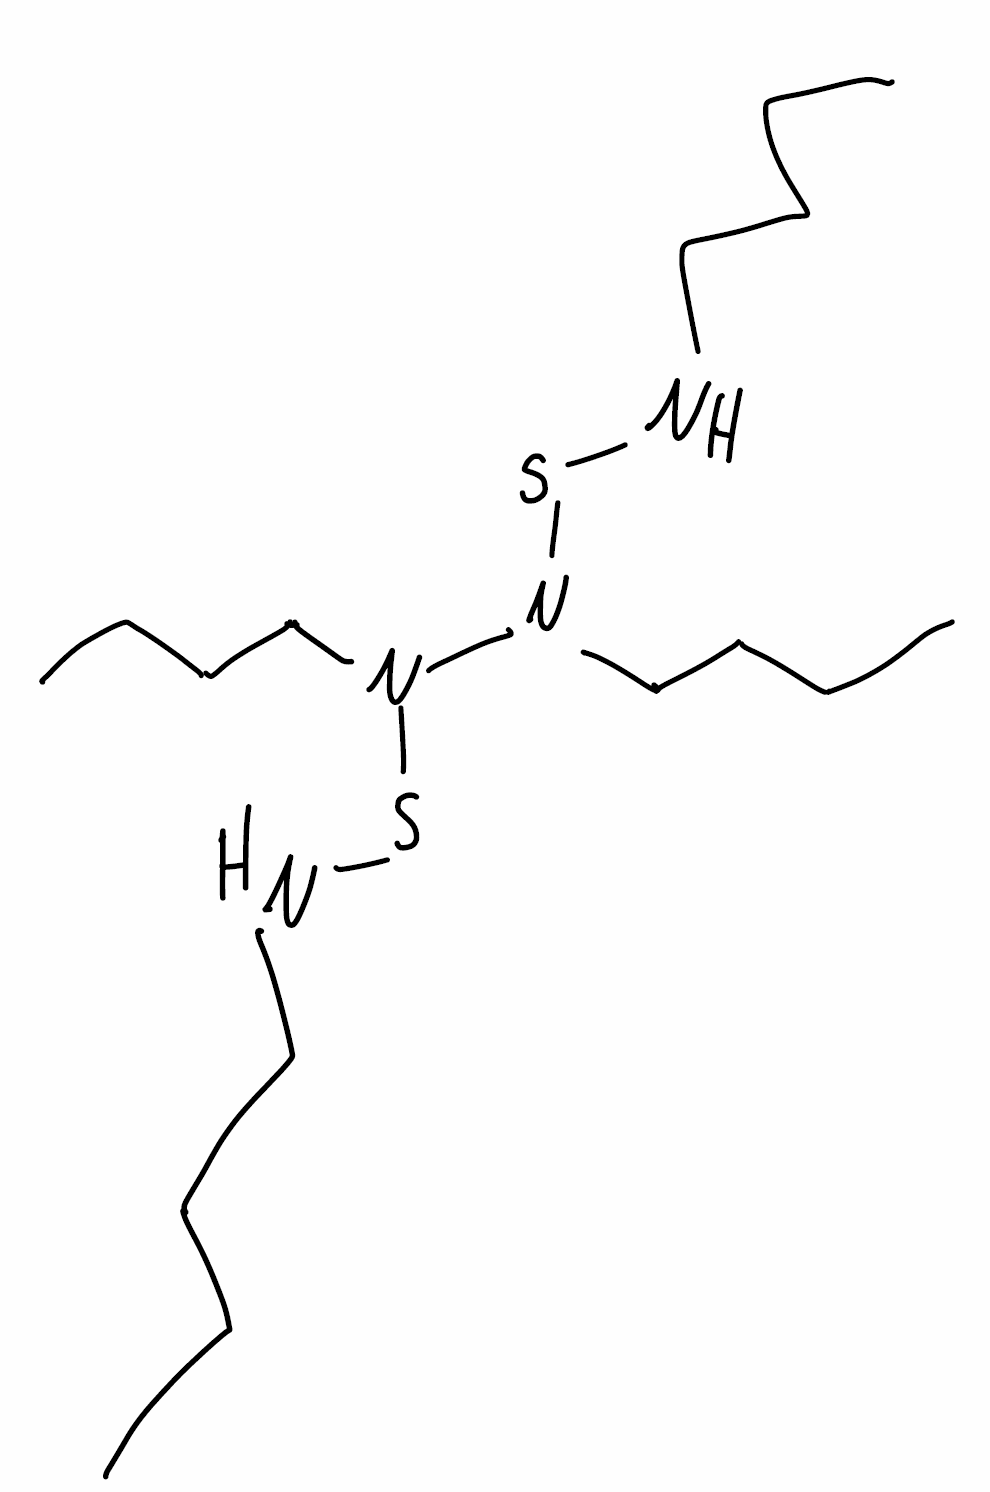
Simplified molecular-input line-entry system (SMILES) notation of the given molecule:
CCCCNSN(CCCC)N(CCCC)SNCCCC